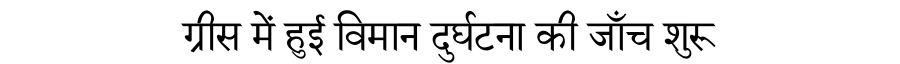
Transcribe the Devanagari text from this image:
ग्रीस में हुई विमान दुर्घटना की जाँच शुरू